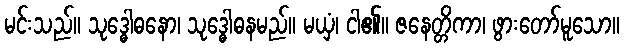
မင်းသည်။ သုဒ္ဓေါဓနော၊ သုဒ္ဓေါဓနမည်။ မယှံ၊ ငါ၏။ ဇနေတ္တိကာ၊ ဖွားတော်မူသော။